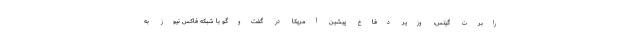
رابرت گیتس، وزیر دفاع پیشین آمریکا در گفت‌وگو با شبکه فاکس نیوز به